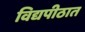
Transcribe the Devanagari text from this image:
विद्यपीठात